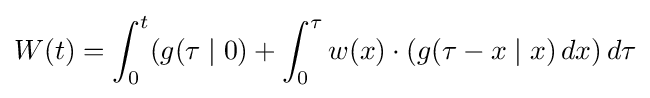
W(t)=\int _{0}^{t}(g(\tau \mid 0)+\int _{0}^{\tau }w(x)\cdot (g(\tau -x\mid x)\,dx)\,d\tau